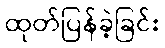
ထုတ်ပြန်ခဲ့ခြင်း